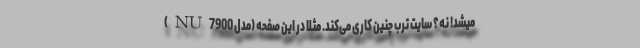
میشد! نه؟ سایت ترب چنین کاری می‌کند. مثلا در این صفحه (مدل NU7900)